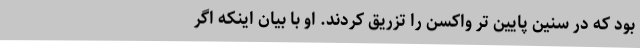
بود که در سنین پایین تر واکسن را تزریق کردند. او با بیان اینکه اگر